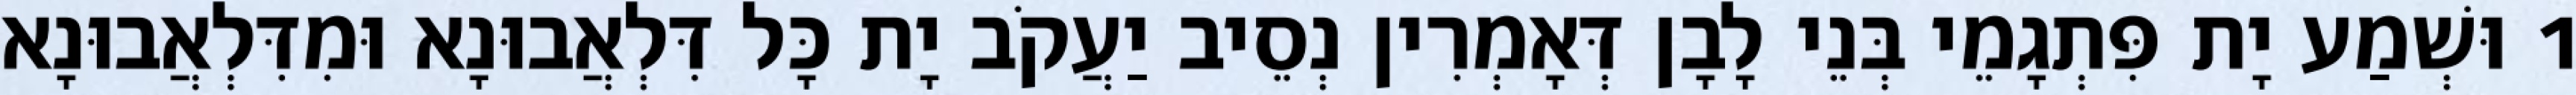
1 וּשְׁמַע יָת פִּתְגָמֵי בְּנֵי לָבָן דְּאָמְרִין נְסֵיב יַעֲקֹב יָת כָּל דִּלְאֲבוּנָא וּמִדִּלְאֲבוּנָא